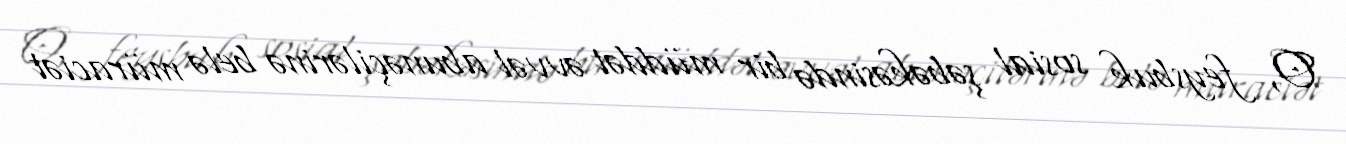
O, feysbuk sosial şəbəkəsində bir müddət əvvəl abunəçilərinə belə müraciət